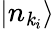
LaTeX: |n_{\mathit{k}_{i}}\rangle